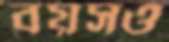
বয়সও